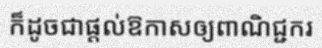
ក៏ដូចជាផ្តល់ឱកាសឲ្យពាណិជ្ជករ